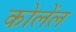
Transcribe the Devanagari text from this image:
कोलेंल